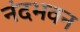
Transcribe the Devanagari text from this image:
नंदभवन